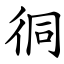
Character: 㣚